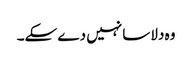
وہ دلاسا نہیں دے سکے۔